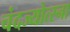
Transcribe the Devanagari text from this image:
चंदज्योत्स्ना